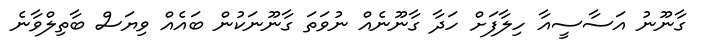
ގާނޫނު އަސާސީއާ ހިލާފަށް ހަދާ ގާނޫނެއް ނުވަތަ ގާނޫނަކުން ބައެއް ވިޔަސް ބާތިލްވާނެ